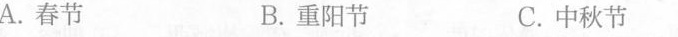
A.春节B.重阳节C.中秋节